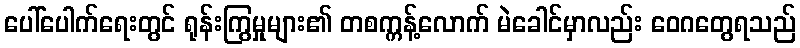
ပေါ်ပေါက်ရေးတွင် ရုန်းကြွမှုများ၏ တစက္ကန့်လောက် မဲခေါင်မှာလည်း ဝေဂတွေရသည်